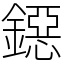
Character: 鐚